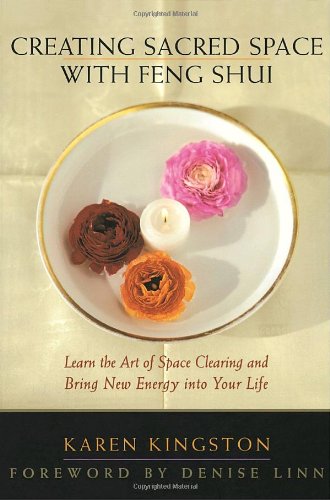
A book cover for Creating Sacred Space With Feng Shui: Learn the Art of Space Clearing and Bring New Energy into Your Life; Karen Kingston; Religion & Spirituality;